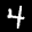
Label: 4